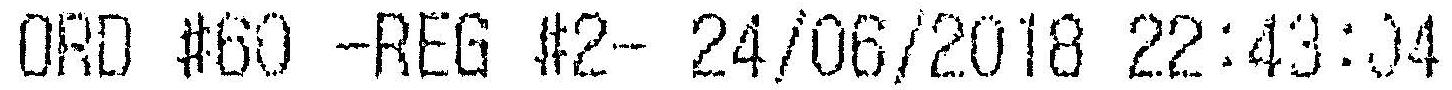
ORD #60 -REG #2- 24/06/2018 22:43:04